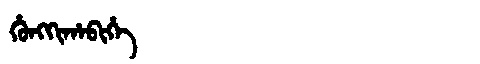
Manchu: ᡥᡠᠩᡴᡳᡥᠠᠪᡳᡥᡝ
Romanization: HUNGKIHABIHE